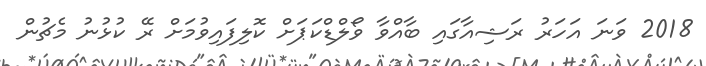
2018 ވަނަ އަހަރު ރަޝިއާގައި ބާއްވާ ވޯލްޑްކަޕަށް ކޮލިފައިވުމަށް ރޭ ކުޅުނު މެޗުން